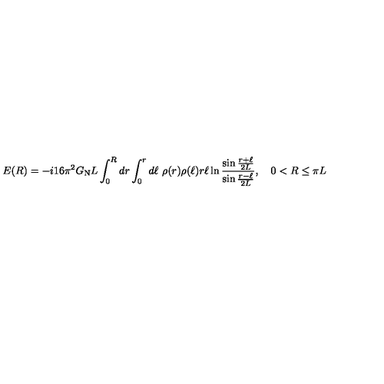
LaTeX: E ( R ) = - i 1 6 \pi ^ { 2 } G _ { \mathrm { N } } L \int _ { 0 } ^ { R } d r \int _ { 0 } ^ { r } d \ell \ \rho ( r ) \rho ( \ell ) r \ell \ln { \frac { \sin { \frac { r + \ell } { 2 L } } } { \sin { \frac { r - \ell } { 2 L } } } } , \quad 0 < R \le \pi L